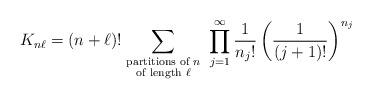
LaTeX: \begin{align*}K_{n\ell} = (n+\ell)! \sum_{{\mbox{\scriptsize partitions of $n$}} \atop{\mbox{\scriptsize of length $\ell$}}} \; \prod_{j=1}^{\infty}\frac{1}{{n_j}!} \left( \frac{1}{(j+1)!} \right)^{n_j}\end{align*}